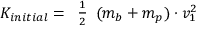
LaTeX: K _ { i n i t i a l } = { \begin{array} { l } { { \frac { 1 } { 2 } } } \end{array} } ( m _ { b } + m _ { p } ) \cdot v _ { 1 } ^ { 2 }